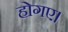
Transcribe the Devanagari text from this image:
होगए।